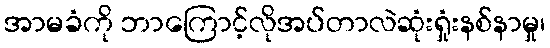
အာမခံကို ဘာကြောင့်လိုအပ်တာလဲဆုံးရှုံးနစ်နာမှု၊